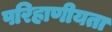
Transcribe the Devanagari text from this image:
परिहाणीयता